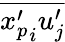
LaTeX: \overline{{{x_{p}^{\prime}}_{i}u_{j}^{\prime}}}